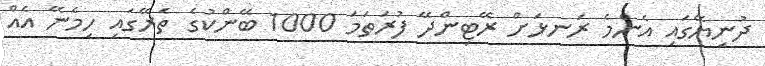
ދުނިޔޭގައި އެންމެ ރަނޅަށް ރޭޓިންދޭ ފުރަތަމަ 1000 ބޭންކުގެ ތެރޭގައި ހިމެނޭ އެއް